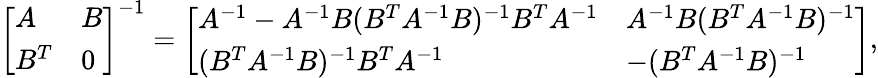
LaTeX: \left[\begin{array}{ll}{A}&{B}\\ {B^{T}}&{0}\end{array}\right]^{-1}=\left[\begin{array}{ll}{A^{-1}-A^{-1}B(B^{T}A^{-1}B)^{-1}B^{T}A^{-1}}&{A^{-1}B(B^{T}A^{-1}B)^{-1}}\\ {(B^{T}A^{-1}B)^{-1}B^{T}A^{-1}}&{-(B^{T}A^{-1}B)^{-1}}\end{array}\right],